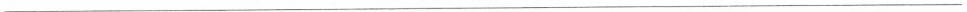
-